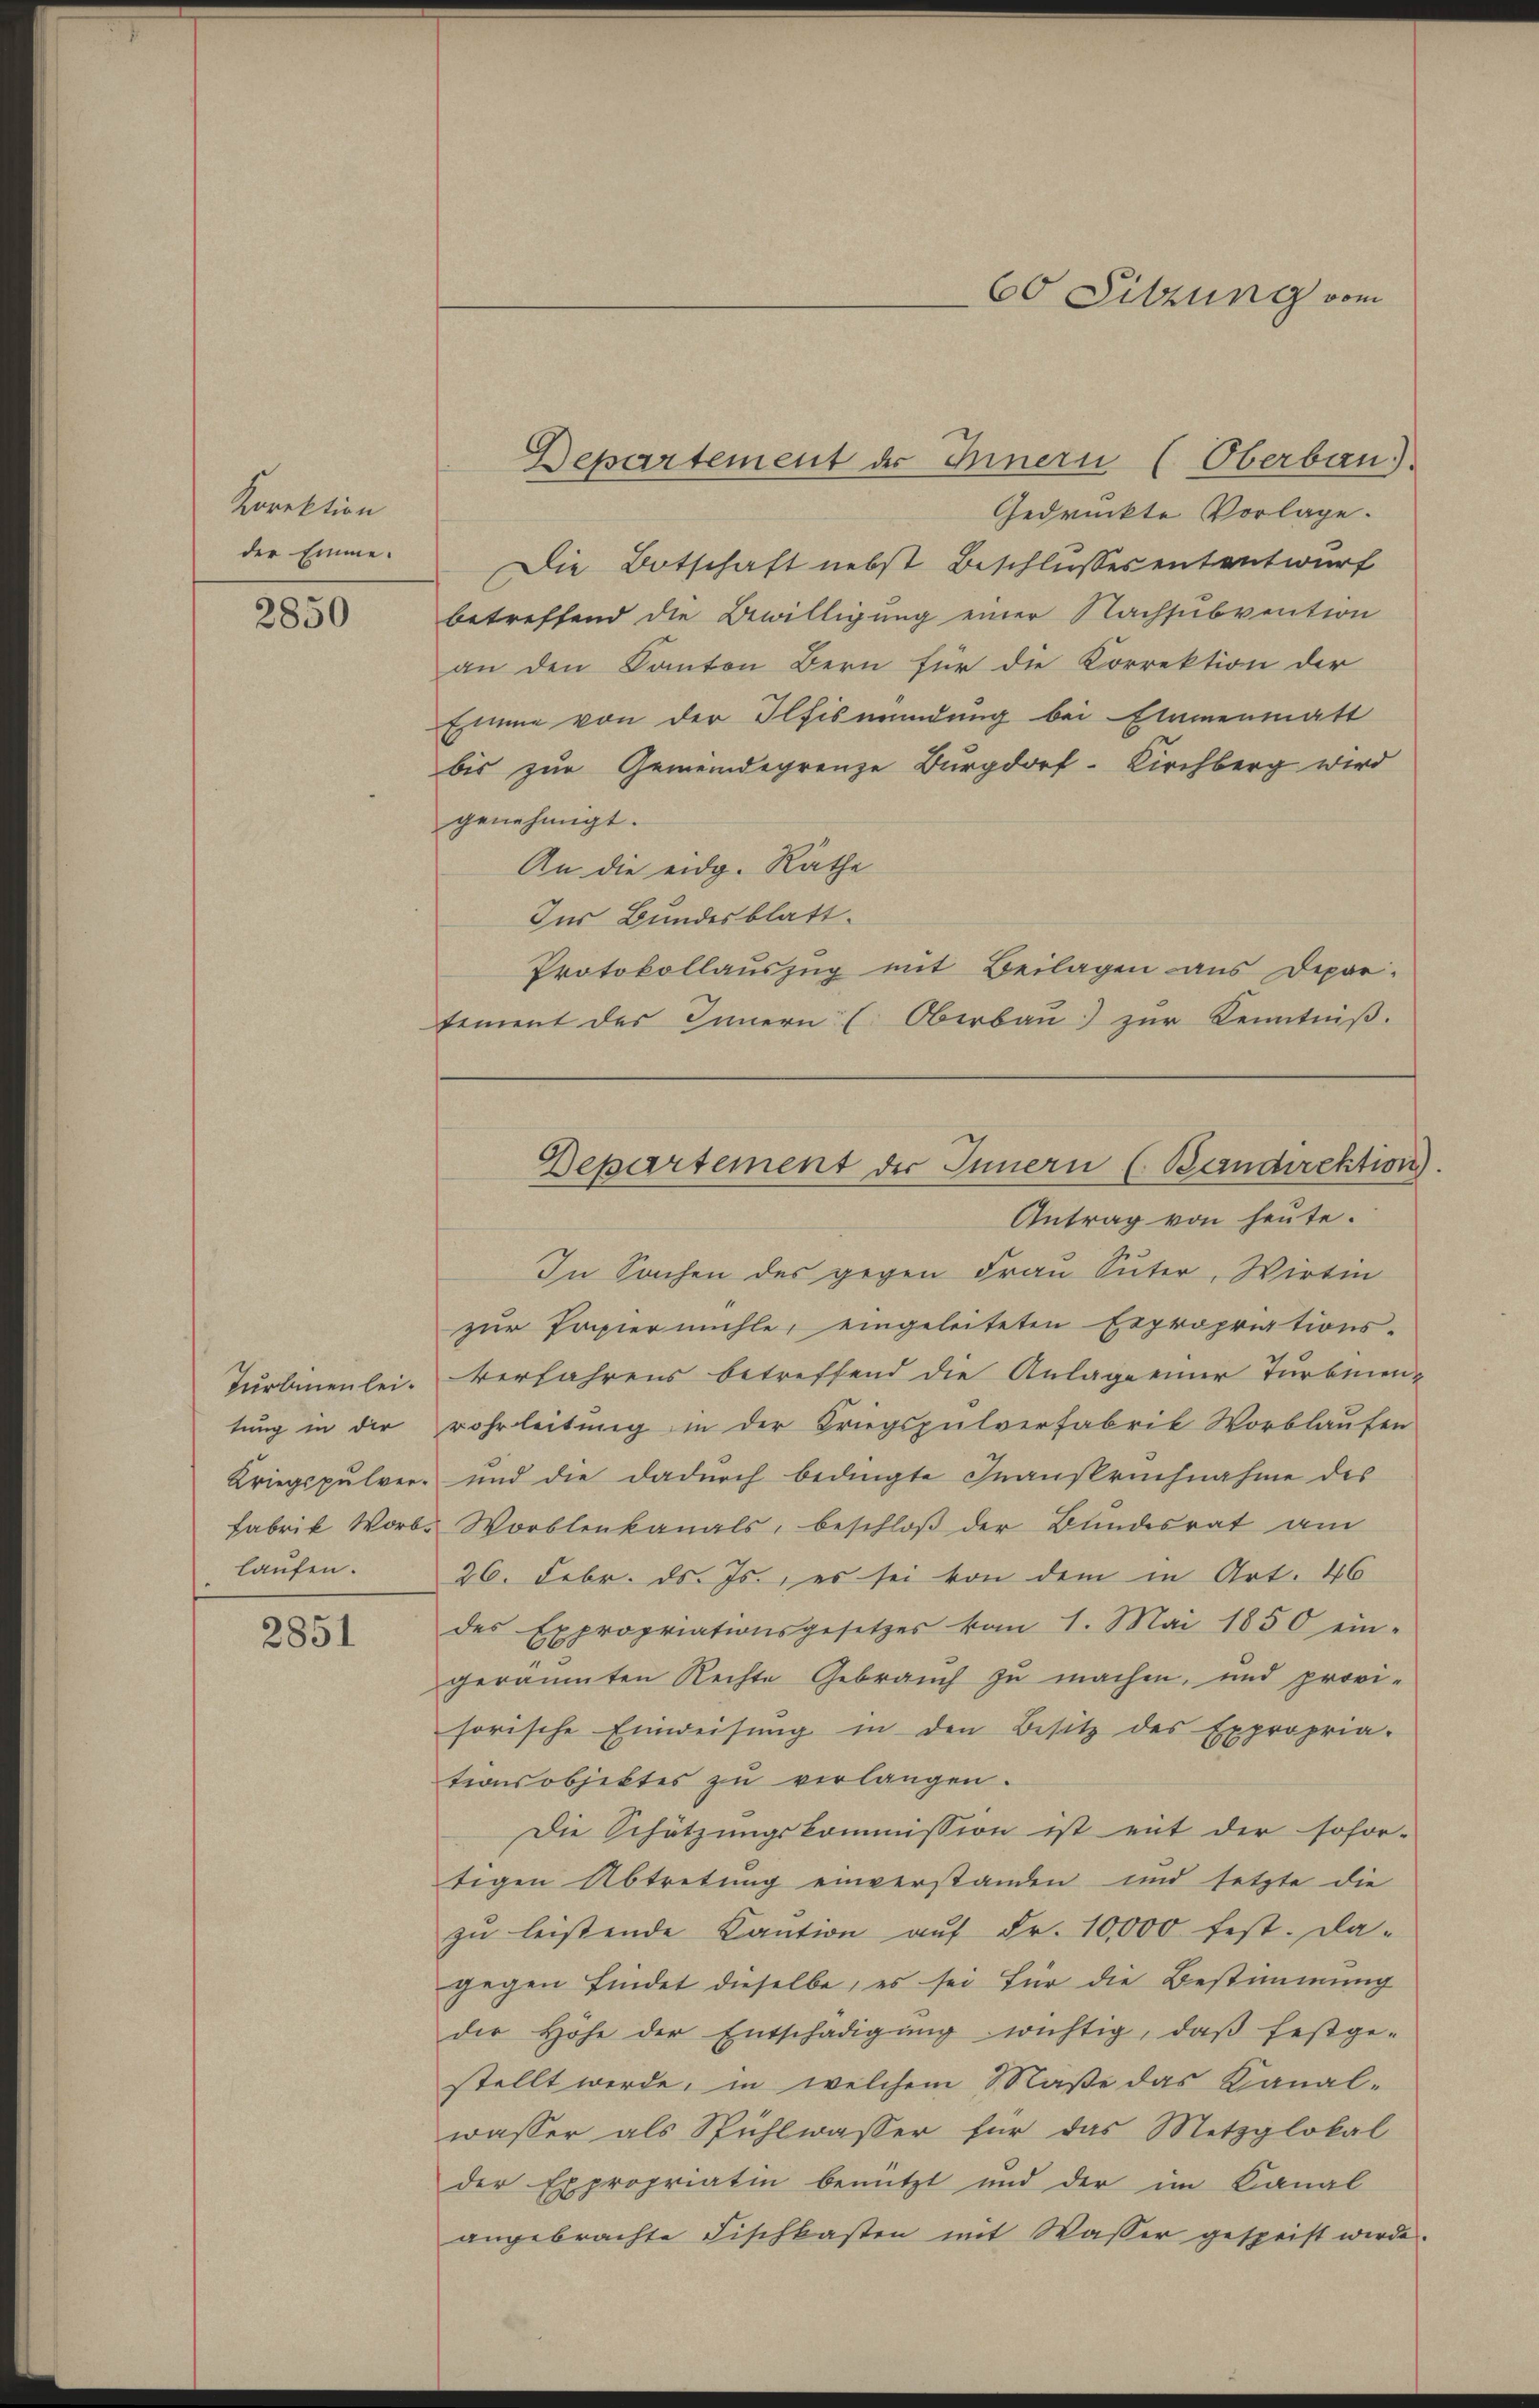
Direktion
der Emme.

2850

Turbinenleitung in der
laufen.

2851

Departement der Innern (Oberbau
Gedrückte Vorlage.
Die Botschaft nebst Beschlussesententwurf
betreffend die Bewilligung einer Nachsubvention
an den Kanton Bern für die Korrektion der
Emme von der Ilfismundung bei Etamenmatt
bis zur Gemeindegrenze Burgdorf-Kirchberg wird
genehmigt.
An die eidg. Räthe
Inr Bundesblatt.
Protokollauszug mit Beilagen aus Depar-
tement des Innern (Oberbau zur Kenntniß.

60 Sitzung vom

Departement der Innern (Bandirektion)

Antrag von heute.
In Sachen des gegen Frau Suter, Wirtin
zur Papiermühle, eingeleiteten Expropriations-
verfahrens betreffend die Anlage einer Turbenen-
rohrleitung in der Kriegspulverfabrik Worblaufen
Kriegspulver- und die dadurch bedingte Inanspruchnahme des
Fabrik Worb. Worblenkanals, beschloß der Bundesrat am
26. Febr. ds. Js., es sei von dem in Art. 46
des Expropriationsgesetzes vom 1. Mai 1850 ein-
geräumten Rechte Gebrauch zu machen, und provi-
sorische Einweisŭng in den Besitz des Expropria-
tionsobjektes zu verlangen.
Die Schätzungskommission ist mit der sofor-
tigen Abtretung einverstanden und setzte die
zŭ leistende Kantion aŭf Fr. 10,000 fest. Da-
gegen findet dieselbe, es sei für die Bestimmung
der Höhe der Entschädigŭng wichtig, daβ festge-
stellt werde, in welchem Maße das Kanal-
wasser als Spühlwasser für das Metzglokal
der Expropriatin benutzt und der im Kanal
angebrachte Fischkasten mit Wasser gespeist werde.